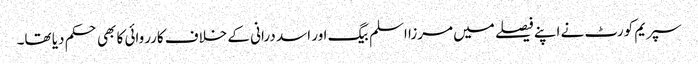
سپریم کورٹ نے اپنے فیصلے میں مرزا اسلم بیگ اور اسد درانی کے خلاف کارروائی کا بھی حکم دیا تھا۔